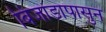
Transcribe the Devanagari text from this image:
बिजांडापासुन